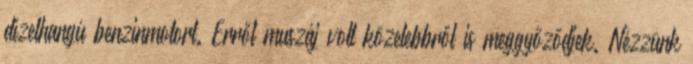
dízelhangú benzinmotort. Erről muszáj volt közelebbről is meggyőződjek. Nézzünk